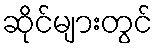
ဆိုင်များတွင်